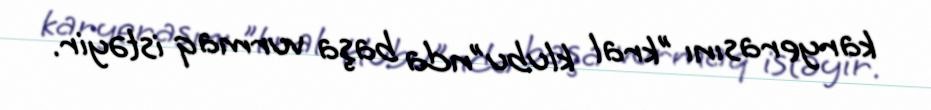
karyerasını "kral klubu"nda başa vurmaq istəyir.